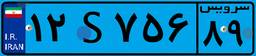
۱۵S۰۵۹۷۲